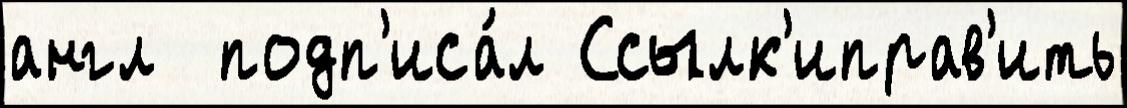
англ  подп'иса́л Ссылк'иправ'ить